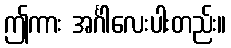
ဤကား အင်္ဂါလေးပါးတည်း။